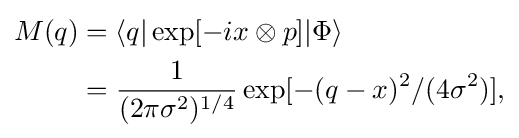
{\begin{aligned}M(q)&=\langle q|\exp[-ix\otimes p]|\Phi \rangle \\&={\frac {1}{(2\pi \sigma ^{2})^{1/4}}}\exp[-(q-x)^{2}/(4\sigma ^{2})],\end{aligned}}